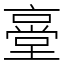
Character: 㙶